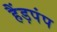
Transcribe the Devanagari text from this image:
हैंड़पंप